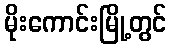
မိုးကောင်းမြို့တွင်